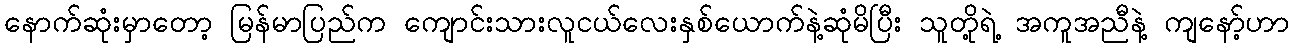
နောက်ဆုံးမှာတော့ မြန်မာပြည်က ကျောင်းသားလူငယ်လေးနှစ်ယောက်နဲ့ဆုံမိပြီး သူတို့ရဲ့ အကူအညီနဲ့ ကျနော့်ဟာ